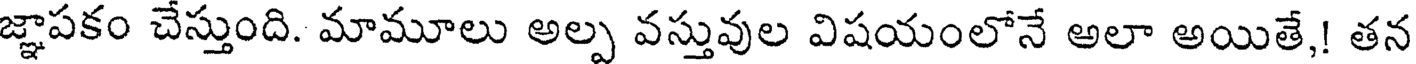
జ్ఞాపకం చేస్తుంది. మామూలు అల్ప వస్తువుల విషయంలోనే అలా అయితే,! తన